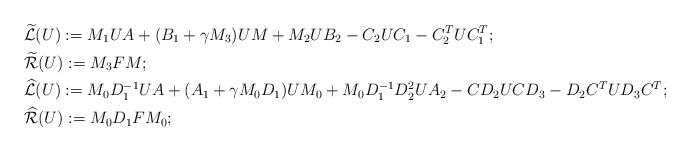
LaTeX: \begin{align*}&\widetilde{\mathcal{L}}(U) := M_1UA + (B_1 + \gamma M_3)UM + M_2UB_2 - C_2UC_1 - C_2^TUC_1^T;\\&\widetilde{\mathcal{R}}(U) := M_3FM;\\&\widehat{\mathcal{L}}(U) := M_0D_1^{-1}UA + (A_1+\gamma M_0D_1)UM_0 + M_0D_1^{-1}D_2^2UA_2 - CD_2UCD_3 - D_2C^TUD_3C^T;\\&\widehat{\mathcal{R}}(U) := M_0D_1FM_0;\end{align*}